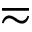
\eqsim